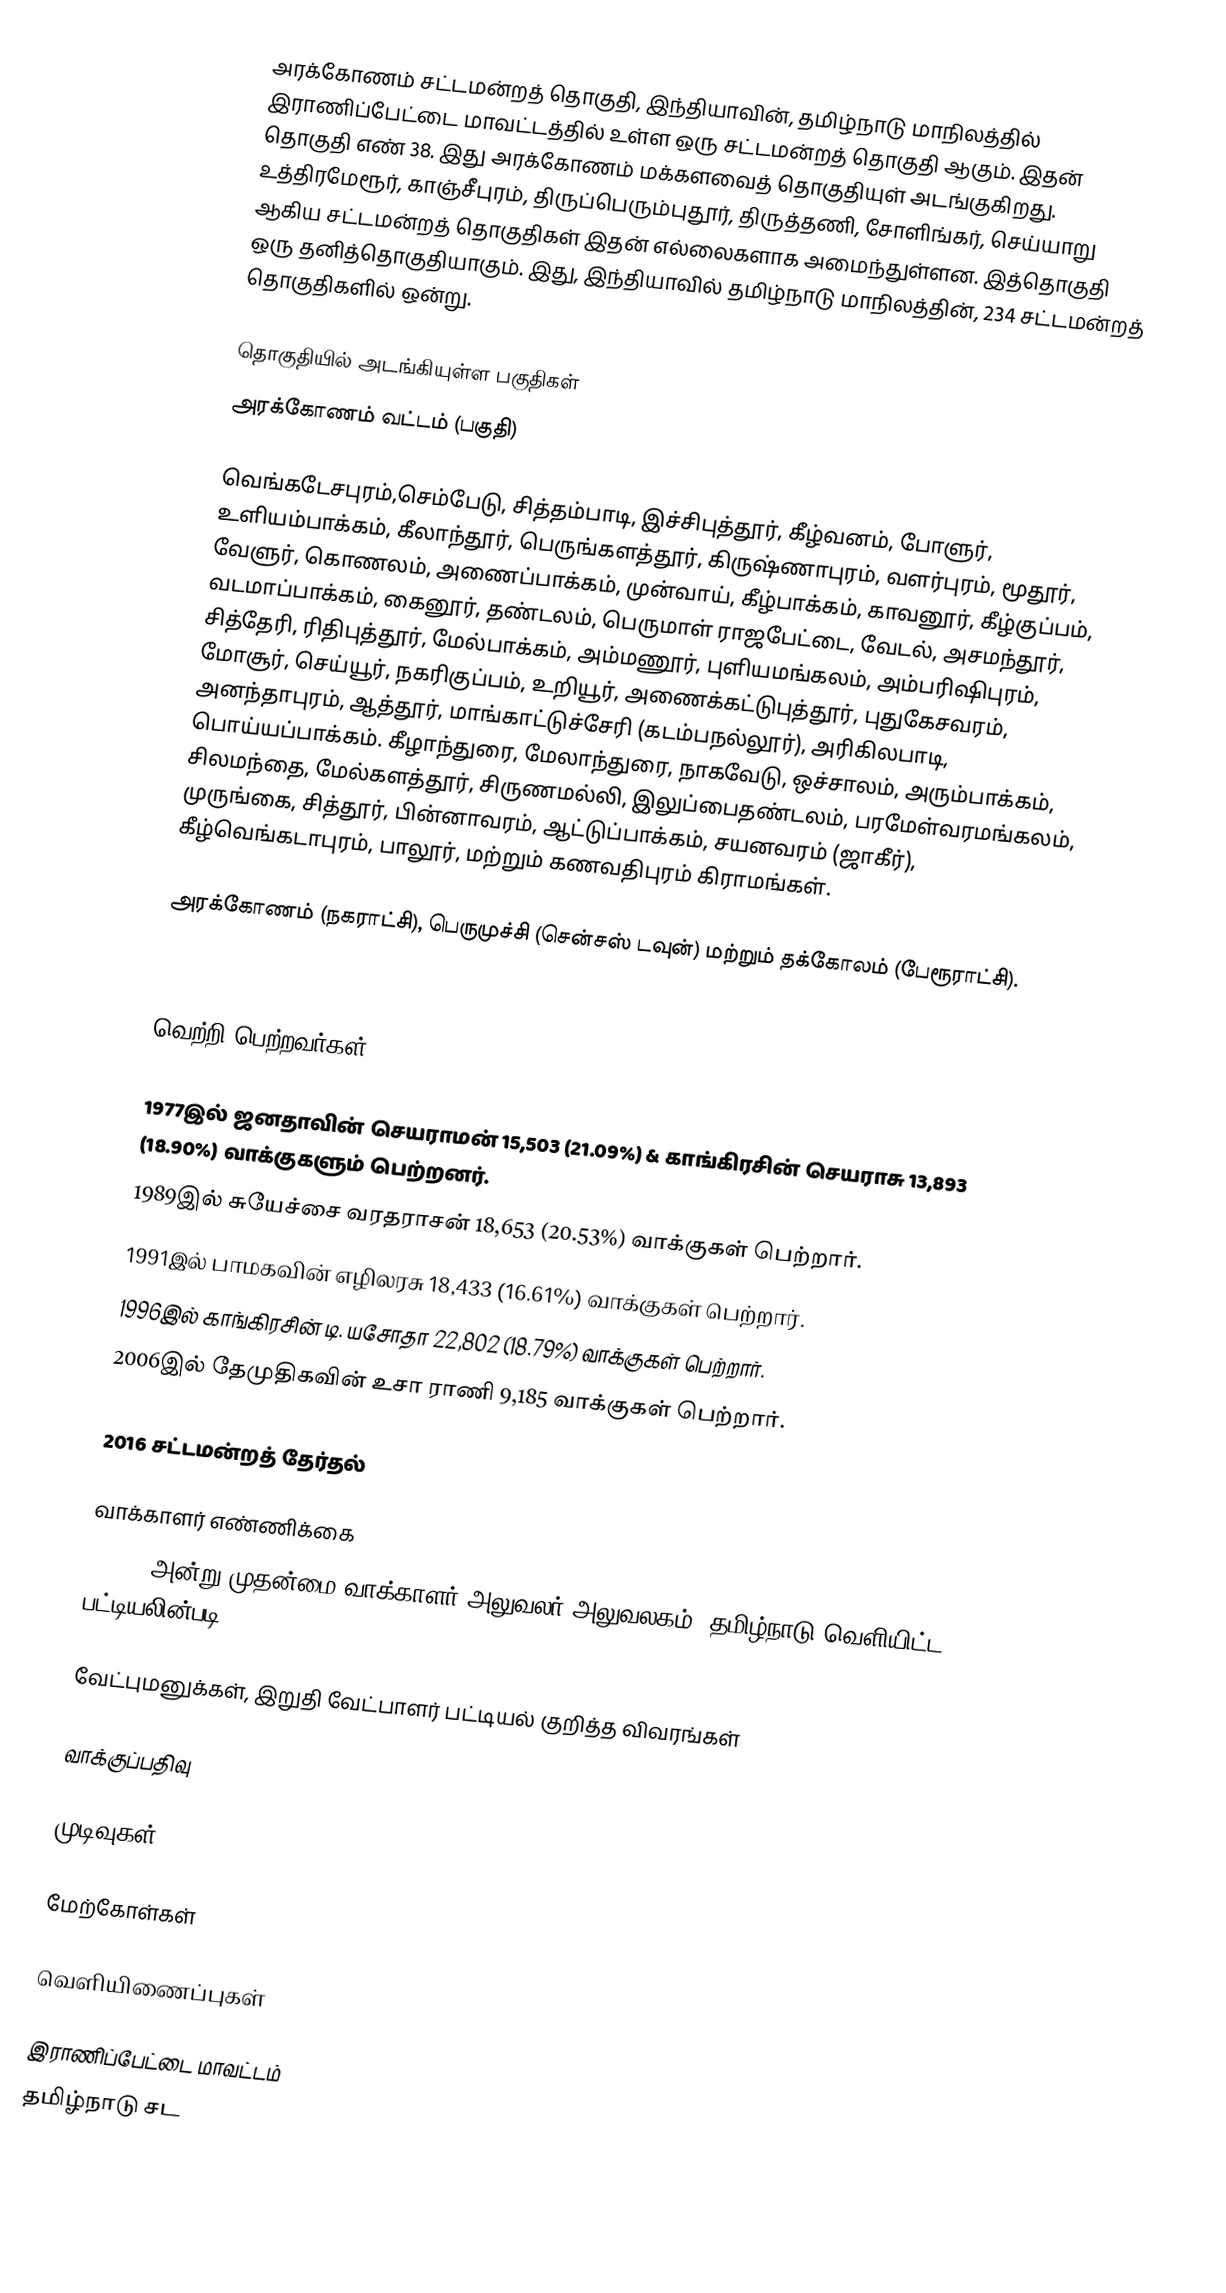
அரக்கோணம் சட்டமன்றத் தொகுதி, இந்தியாவின், தமிழ்நாடு மாநிலத்தில் இராணிப்பேட்டை மாவட்டத்தில் உள்ள ஒரு சட்டமன்றத் தொகுதி ஆகும். இதன் தொகுதி எண் 38. இது அரக்கோணம் மக்களவைத் தொகுதியுள் அடங்குகிறது. உத்திரமேரூர், காஞ்சீபுரம், திருப்பெரும்புதூர், திருத்தணி, சோளிங்கர், செய்யாறு ஆகிய சட்டமன்றத் தொகுதிகள் இதன் எல்லைகளாக அமைந்துள்ளன. இத்தொகுதி ஒரு தனித்தொகுதியாகும். இது, இந்தியாவில் தமிழ்நாடு மாநிலத்தின், 234 சட்டமன்றத் தொகுதிகளில் ஒன்று.

தொகுதியில் அடங்கியுள்ள பகுதிகள்
அரக்கோணம் வட்டம் (பகுதி)

வெங்கடேசபுரம்,செம்பேடு, சித்தம்பாடி, இச்சிபுத்தூர், கீழ்வனம், போளுர், உளியம்பாக்கம், கீலாந்தூர், பெருங்களத்தூர், கிருஷ்ணாபுரம், வளர்புரம், மூதூர், வேளுர், கொணலம், அணைப்பாக்கம், முன்வாய், கீழ்பாக்கம், காவனூர், கீழ்குப்பம், வடமாப்பாக்கம், கைனூர், தண்டலம், பெருமாள் ராஜபேட்டை, வேடல், அசமந்தூர், சித்தேரி, ரிதிபுத்தூர், மேல்பாக்கம், அம்மணூர், புளியமங்கலம், அம்பரிஷிபுரம், மோசூர், செய்யூர், நகரிகுப்பம், உறியூர், அணைக்கட்டுபுத்தூர், புதுகேசவரம், அனந்தாபுரம், ஆத்தூர், மாங்காட்டுச்சேரி (கடம்பநல்லூர்), அரிகிலபாடி, பொய்யப்பாக்கம். கீழாந்துரை, மேலாந்துரை, நாகவேடு, ஒச்சாலம், அரும்பாக்கம், சிலமந்தை, மேல்களத்தூர், சிருணமல்லி, இலுப்பைதண்டலம், பரமேள்வரமங்கலம், முருங்கை, சித்தூர், பின்னாவரம், ஆட்டுப்பாக்கம், சயனவரம் (ஜாகீர்), கீழ்வெங்கடாபுரம், பாலூர், மற்றும் கணவதிபுரம் கிராமங்கள்.

அரக்கோணம் (நகராட்சி), பெருமுச்சி (சென்சஸ் டவுன்) மற்றும் தக்கோலம் (பேரூராட்சி).

.

வெற்றி பெற்றவர்கள்

1977இல் ஜனதாவின் செயராமன் 15,503 (21.09%) & காங்கிரசின் செயராசு 13,893 (18.90%) வாக்குகளும் பெற்றனர்.
1989இல் சுயேச்சை வரதராசன் 18,653 (20.53%) வாக்குகள் பெற்றார்.
1991இல் பாமகவின் எழிலரசு 18,433 (16.61%) வாக்குகள் பெற்றார்.
1996இல் காங்கிரசின் டி. யசோதா 22,802 (18.79%) வாக்குகள் பெற்றார்.
2006இல் தேமுதிகவின் உசா ராணி 9,185 வாக்குகள் பெற்றார்.

2016 சட்டமன்றத் தேர்தல்

வாக்காளர் எண்ணிக்கை
, 2016 அன்று முதன்மை வாக்காளர் அலுவலர் அலுவலகம், தமிழ்நாடு வெளியிட்ட பட்டியலின்படி,

வேட்புமனுக்கள், இறுதி வேட்பாளர் பட்டியல் குறித்த விவரங்கள்

வாக்குப்பதிவு

முடிவுகள்

மேற்கோள்கள்

வெளியிணைப்புகள்

இராணிப்பேட்டை மாவட்டம்
தமிழ்நாடு சட